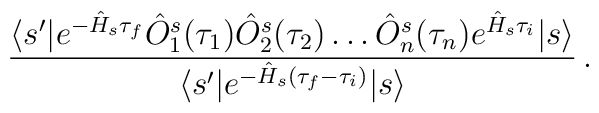
\frac{\langle s^\prime|e^{-\hat H_s \tau_f}\hat O^s_1(\tau_1)\hat O^s_2(\tau_2)\ldots \hat O^s_n(\tau_n)e^{\hat H_s\tau_i}|s\rangle}{\langle s^\prime|e^{-\hat H_s (\tau_f-\tau_i)}|s\rangle}\,.